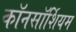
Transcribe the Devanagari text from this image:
कॉनसॉर्शियम